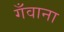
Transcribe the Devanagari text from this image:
गँवाना